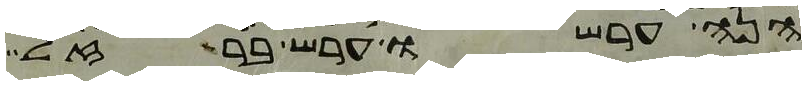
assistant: הנה ערשו ערש ברזל